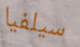
سيلفيا